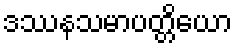
ဒဿနသမာပတ္တိယော